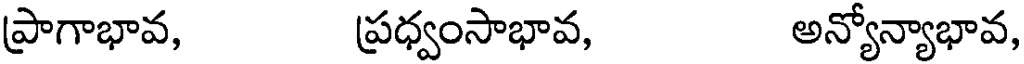
ప్రాగాభావ, ప్రధ్వంసాభావ, అన్యోన్యాభావ,